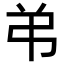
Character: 弚